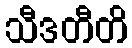
သီဒတီတိ